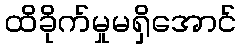
ထိခိုက်မှုမရှိအောင်